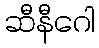
ဆီနီဂေါ